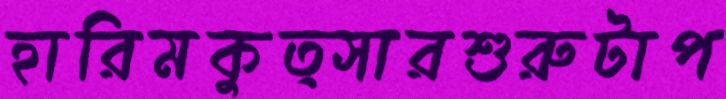
হারিমকুত্সারশুরুটাপ